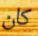
كان